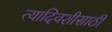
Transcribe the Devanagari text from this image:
त्यादिवशीसाठी